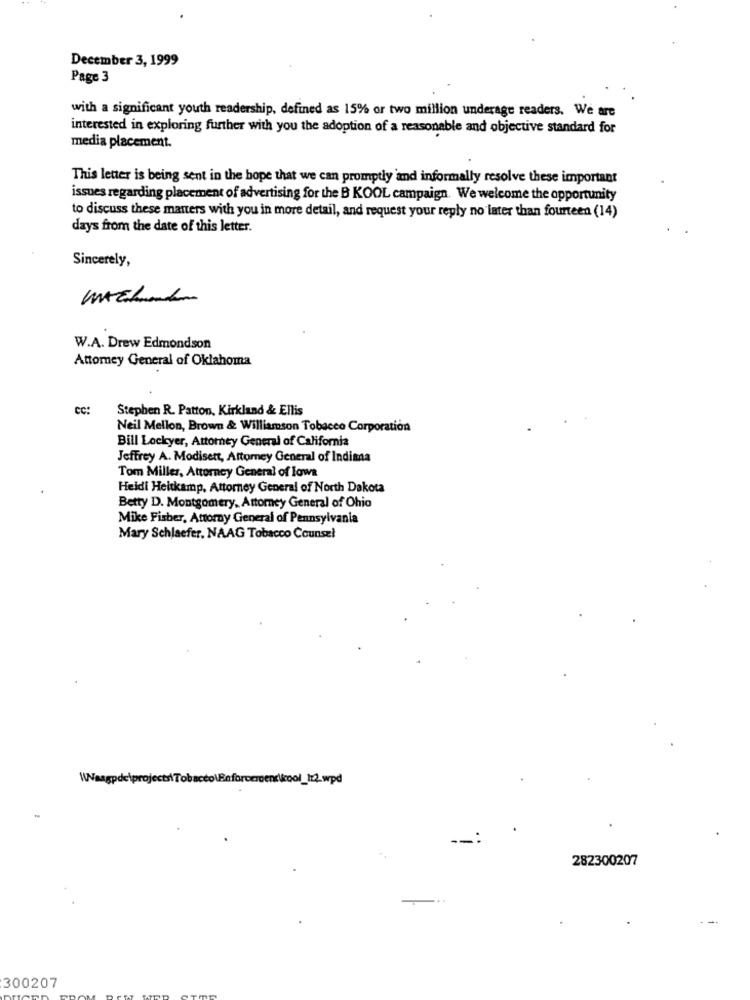
December 3, 1999
Page 3
with a significant youth readership, defined as 15% or two million underage readers. We are
interested in exploring further with you the adoption of a reasonable and objective standard for
media placement.
This letter is being sent in the hope that we can promptly and informally resolve these important
issues regarding placement of advertising for the B KOOL campaign. We welcome the opportunity
to discuss these matters with you in more detail, and request your reply no later than fourteen (14)
days from the date of this letter.
Sincerely,
W.A. Drew Edmondson
Attomey General of Oklahoma
cc:
Stephen R. Patton. Kirkland & Ellis
Neil Mellon, Brown & Williamson Tobacco Corporation
Bill Lockyer, Attorney General of California
Jeffrey A. Modisett, Attorney General of Indima
Tom Miller, Attorney General of laws
Heidi Heitkamp, Attorney General of North Dakota
Betty D. Montgomery, Attorney General of Ohio
Mike Fisher, Attorny General of Pennsylvania
Mary Schlaefer. NAAG Tobacco Counsel
--
282300207
300207